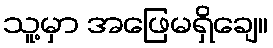
သူ့မှာ အဖြေမရှိချေ။